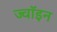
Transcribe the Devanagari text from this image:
ज्‍वॉइन